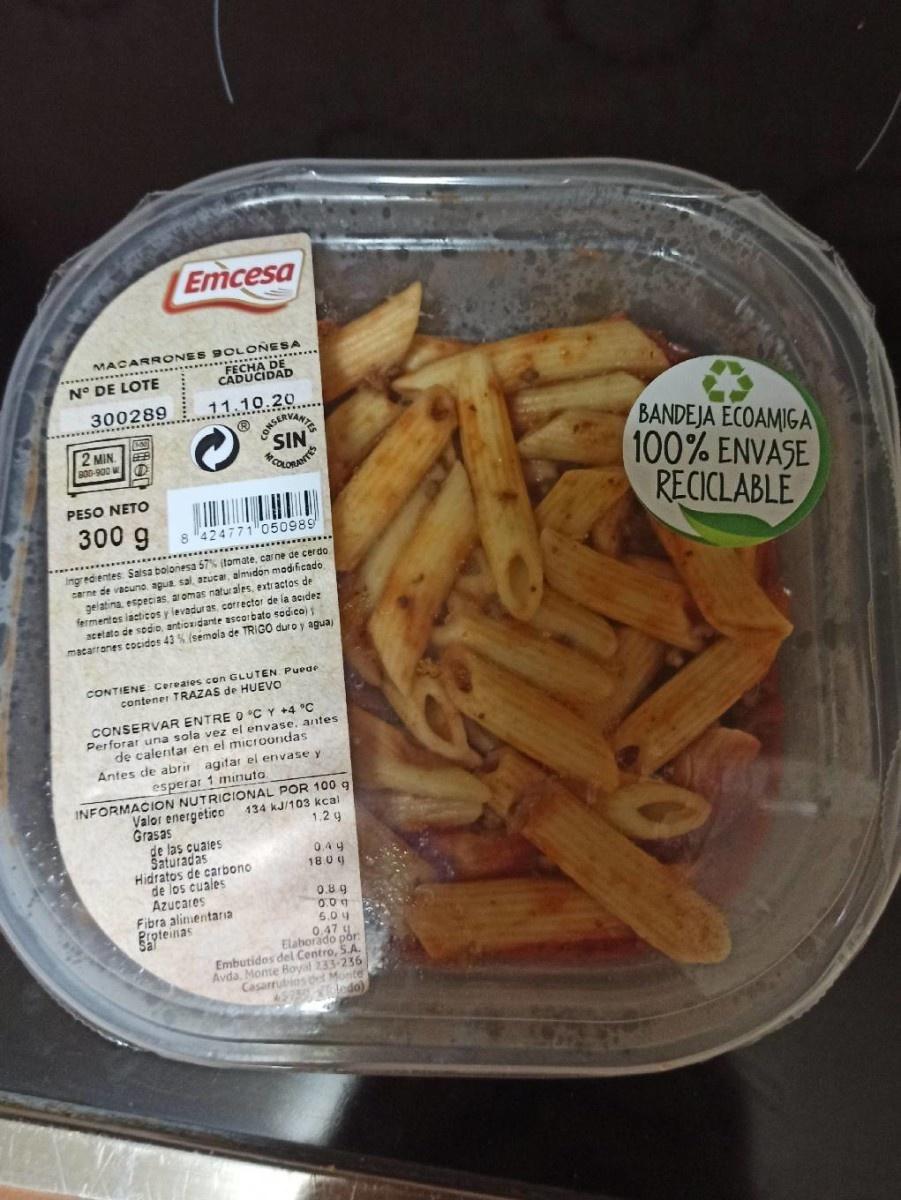
Emcesa
MACAR RONES 9OLON . *****..... ...... ..........
N° DE LOTE
11.10.20 SERVANT SIN LORANT
300289
2 MIN. B00-900 M
BANDEJA ECOAMIGA 100% ENVASE RECICLABLE
PESO NETO
300 g
8 424771 050989
Ingredientes Salsa bolonesa 57% (tomate, carne de cerdo carne de vacuno agua sal, azucar, almidon madificado gelatina especias, ar omas natur ales, extractos de fermentes lacticos y levaduras, corrector de la acıdez acetato de sodio, antioxidante ascorbato sodico) matarrones cocidos 43 %. (semala de TRIGO duro y agua
CONTIENE Cereaies con GLUTEN. Puede contener TRAZAS de HUEVO
CONSERVAR ENTRE O °C Y +4 °C Perforar una sola vez el envase. antes de calentar en el microondas Antes de abrir agitar el envase y esperar 1 minuta
INFORMACION NUTRICIONAL POR 100 g Valor energetico Grasas de las cuaies Saturadas Hidratos de carbono de los cuales Azucares Fibra alinientaria Ripteinas
134 kJ/103 kcal 1.2 g
0.4 9 18.0 9
0.8 g 0.0g 5.0 y 0,47 y Elaborado por: Embutidos del Centro, S.A. Avda. Monte Boyal 233-236 Casarrubios del Monte 45950-4TOlo)